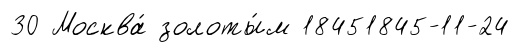
30 Москва́ золоты́м 18451845-11-24